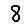
Digit: 8